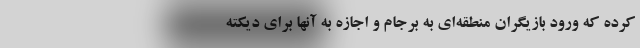
کرده که ورود بازیگران منطقه‌ای به برجام و اجازه به آنها برای دیکته